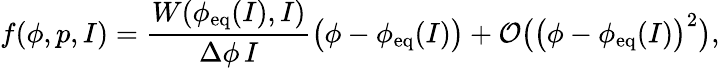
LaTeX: f(\phi,p,I)=\frac{W(\phi_{\mathrm{eq}}(I),I)}{\Delta\phi\, I}\big(\phi-\phi_{\mathrm{eq}}(I)\big)+\mathcal{O}\big(\big(\phi-\phi_{\mathrm{eq}}(I)\big)^{2}\big),